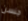
جنسن